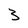
Character: 3